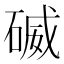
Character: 𥔃